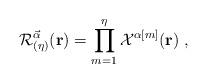
LaTeX: \begin{align*}{\cal{R}}^{\vec{\alpha}}_{(\eta)}({\bf{r}})=\prod_{m=1}^\eta{\cal{X}}^{\alpha[m]}({\bf{r}})\;,\end{align*}